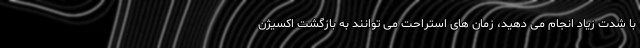
با شدت زیاد انجام می دهید، زمان های استراحت می توانند به بازگشت اکسیژن